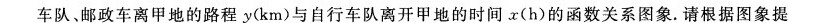
车队、邮政车离甲地的路程y(km)与自行车队离开甲地的时间x(h)的函数关系图象。请根据图象提